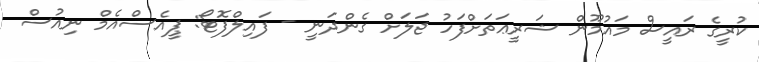
ކުރީގެ ރައީސް މައުމޫން ޝަރީޢަތަށްފަހު ޖަލަށް ގެންދަނީ - ފައިލްފޮޓޯ: ޕީއެސްއެމް ނިއުސް